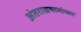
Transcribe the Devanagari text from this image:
अंतराळयानांच्या